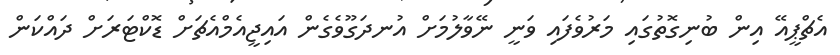
އެޗްޕީއޭ އިން ބުނިގޮތުގައި މަރުވެފައި ވަނީ ނޭވާލުމަށް އުނދަގޫވެގެން އައިޖީއެމްއެޗަށް ޑޮކްޓަރަށް ދައްކަން